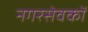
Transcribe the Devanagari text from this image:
नगरसेवकों